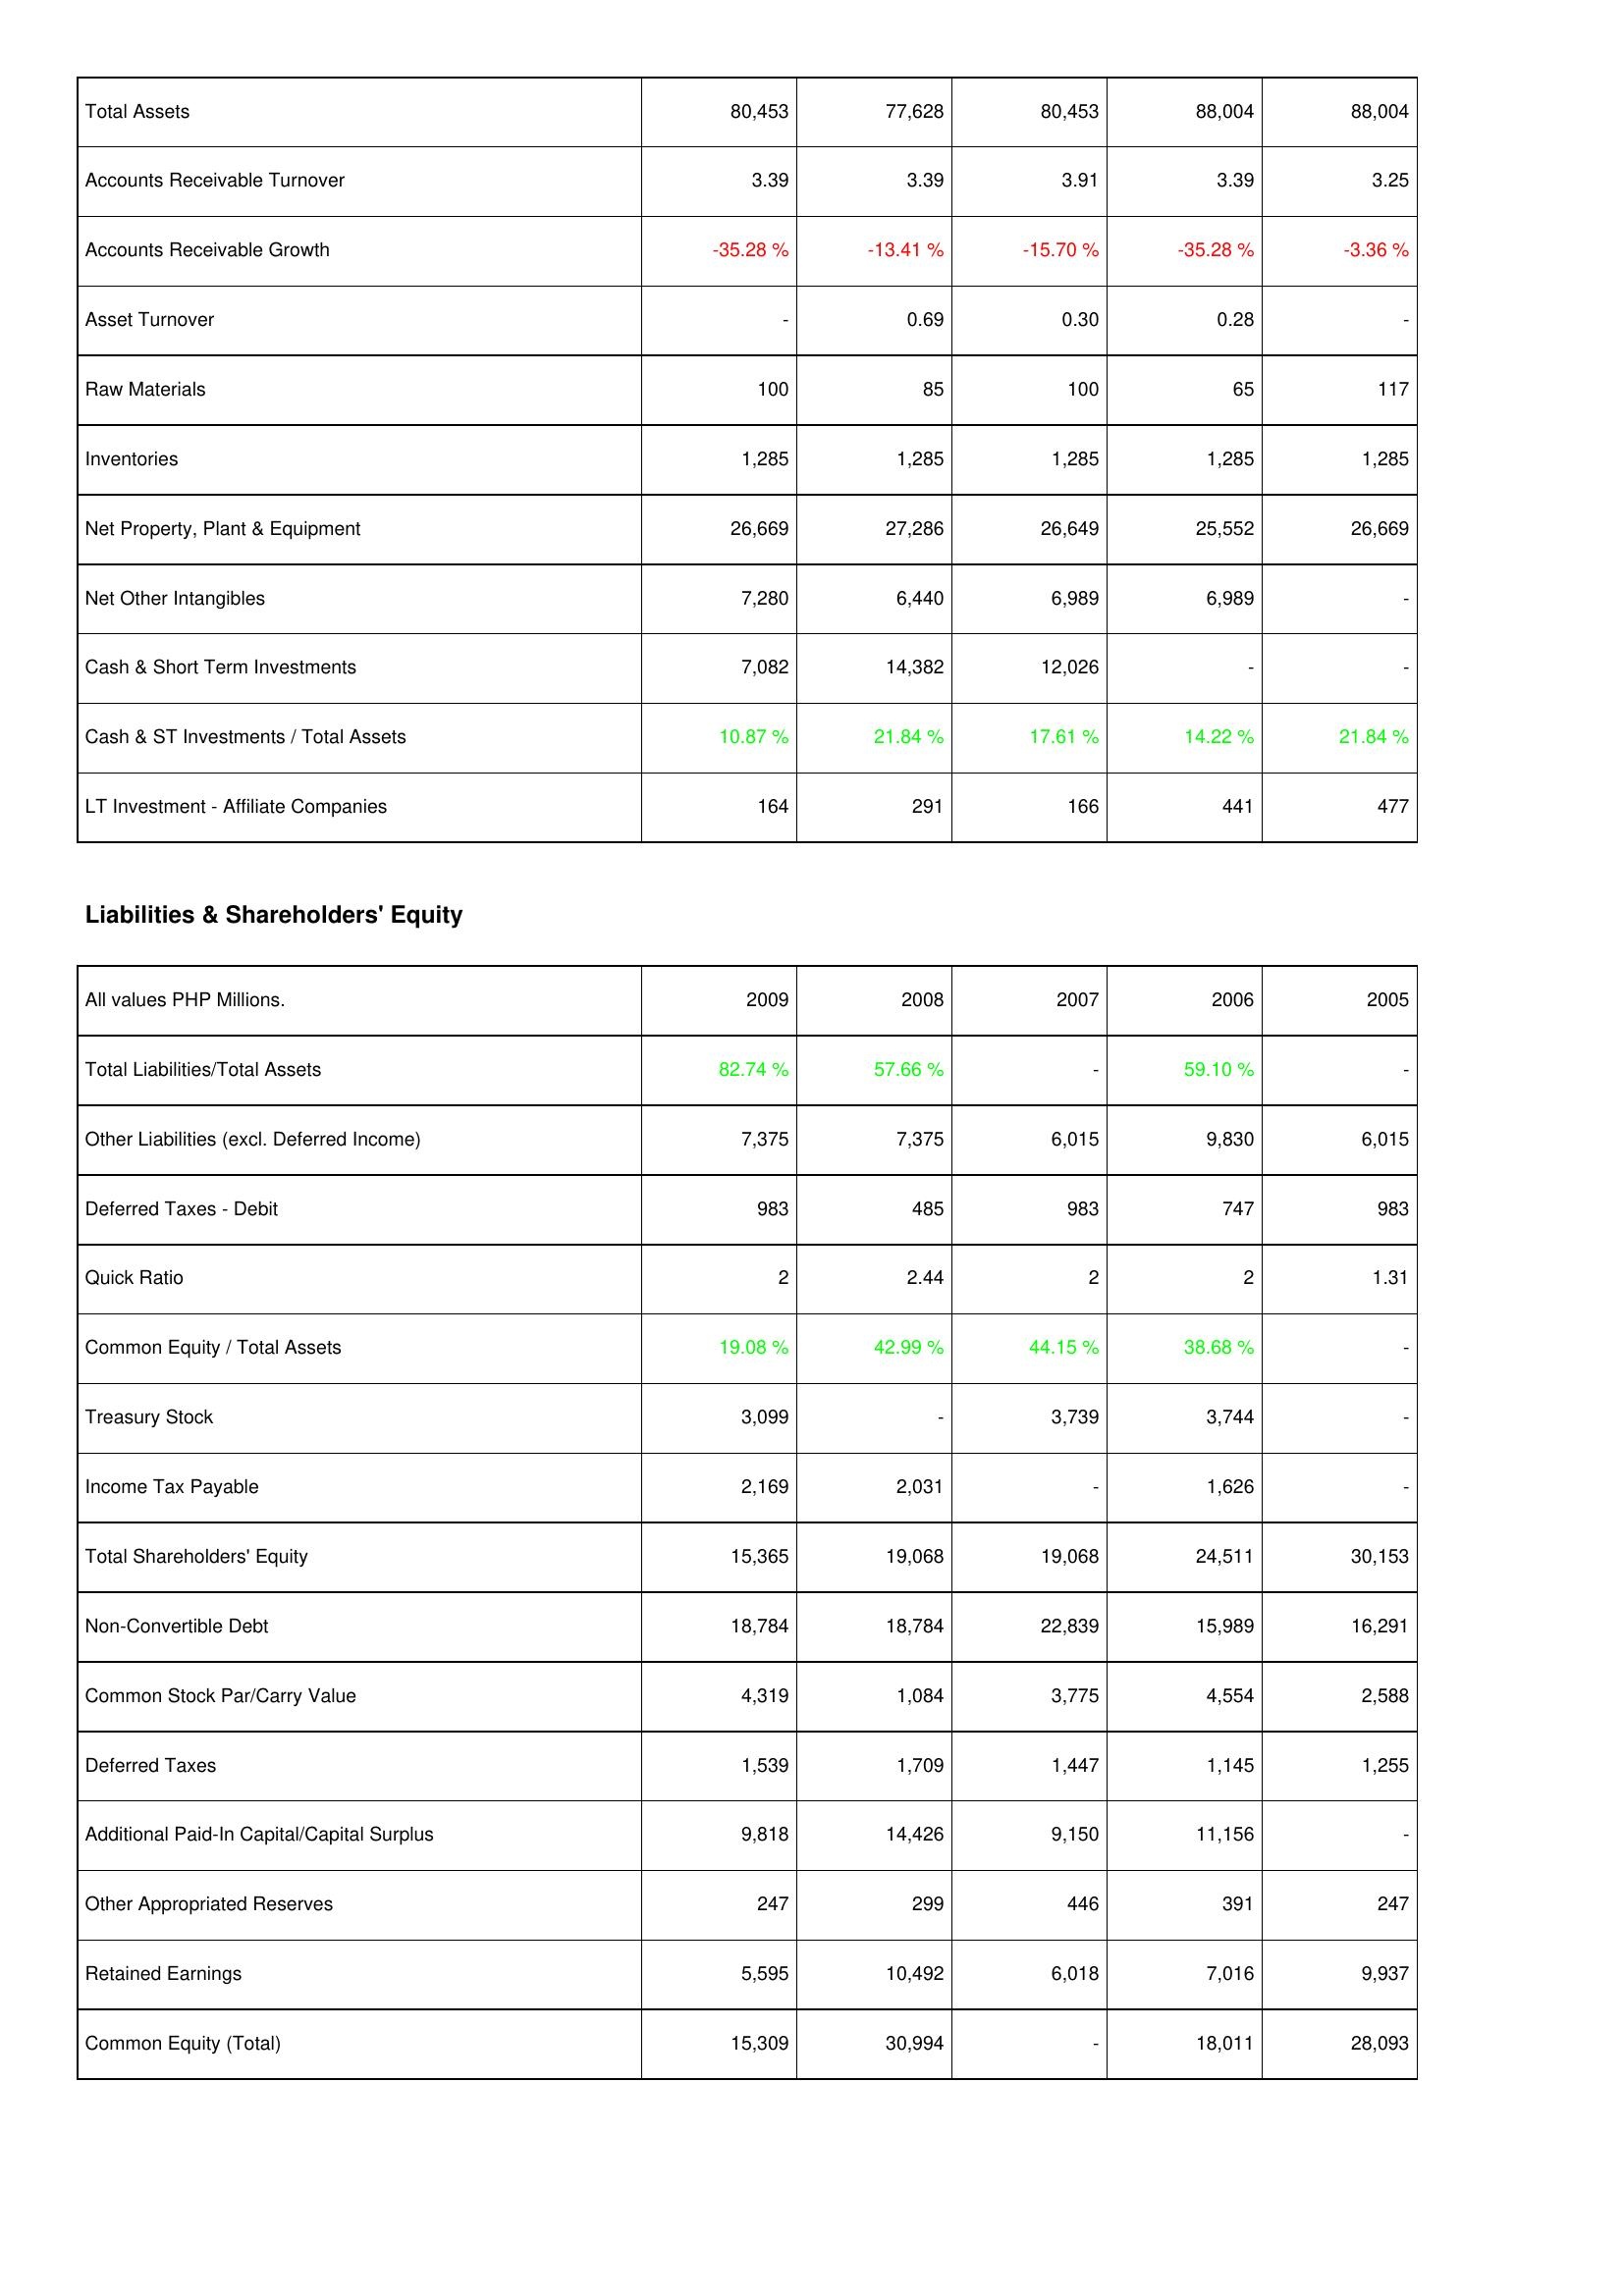
2009: Assets: Total Assets: 80,453
Accounts Receivable Turnover: 3.39
Accounts Receivable Growth: -35.28 %
Asset Turnover: -
Raw Materials: 100
Inventories: 1,285
Net Property, Plant & Equipment: 26,669
Net Other Intangibles: 7,280
Cash & Short Term Investments: 7,082
Cash & ST Investments / Total Assets: 10.87 %
LT Investment - Affiliate Companies: 164
Liabilities & Shareholders' Equity: Total Liabilities/Total Assets: 82.74 %
Other Liabilities (excl. Deferred Income): 7,375
Deferred Taxes - Debit: 983
Quick Ratio: 2
Common Equity / Total Assets: 19.08 %
Treasury Stock: 3,099
Income Tax Payable: 2,169
Total Shareholders' Equity: 15,365
Non-Convertible Debt: 18,784
Common Stock Par/Carry Value: 4,319
Deferred Taxes: 1,539
Additional Paid-In Capital/Capital Surplus: 9,818
Other Appropriated Reserves: 247
Retained Earnings: 5,595
Common Equity (Total): 15,309
2008: Assets: Total Assets: 77,628
Accounts Receivable Turnover: 3.39
Accounts Receivable Growth: -13.41 %
Asset Turnover: 0.69
Raw Materials: 85
Inventories: 1,285
Net Property, Plant & Equipment: 27,286
Net Other Intangibles: 6,440
Cash & Short Term Investments: 14,382
Cash & ST Investments / Total Assets: 21.84 %
LT Investment - Affiliate Companies: 291
Liabilities & Shareholders' Equity: Total Liabilities/Total Assets: 57.66 %
Other Liabilities (excl. Deferred Income): 7,375
Deferred Taxes - Debit: 485
Quick Ratio: 2.44
Common Equity / Total Assets: 42.99 %
Treasury Stock: -
Income Tax Payable: 2,031
Total Shareholders' Equity: 19,068
Non-Convertible Debt: 18,784
Common Stock Par/Carry Value: 1,084
Deferred Taxes: 1,709
Additional Paid-In Capital/Capital Surplus: 14,426
Other Appropriated Reserves: 299
Retained Earnings: 10,492
Common Equity (Total): 30,994
2007: Assets: Total Assets: 80,453
Accounts Receivable Turnover: 3.91
Accounts Receivable Growth: -15.70 %
Asset Turnover: 0.30
Raw Materials: 100
Inventories: 1,285
Net Property, Plant & Equipment: 26,649
Net Other Intangibles: 6,989
Cash & Short Term Investments: 12,026
Cash & ST Investments / Total Assets: 17.61 %
LT Investment - Affiliate Companies: 166
Liabilities & Shareholders' Equity: Total Liabilities/Total Assets: -
Other Liabilities (excl. Deferred Income): 6,015
Deferred Taxes - Debit: 983
Quick Ratio: 2
Common Equity / Total Assets: 44.15 %
Treasury Stock: 3,739
Income Tax Payable: -
Total Shareholders' Equity: 19,068
Non-Convertible Debt: 22,839
Common Stock Par/Carry Value: 3,775
Deferred Taxes: 1,447
Additional Paid-In Capital/Capital Surplus: 9,150
Other Appropriated Reserves: 446
Retained Earnings: 6,018
Common Equity (Total): -
2006: Assets: Total Assets: 88,004
Accounts Receivable Turnover: 3.39
Accounts Receivable Growth: -35.28 %
Asset Turnover: 0.28
Raw Materials: 65
Inventories: 1,285
Net Property, Plant & Equipment: 25,552
Net Other Intangibles: 6,989
Cash & Short Term Investments: -
Cash & ST Investments / Total Assets: 14.22 %
LT Investment - Affiliate Companies: 441
Liabilities & Shareholders' Equity: Total Liabilities/Total Assets: 59.10 %
Other Liabilities (excl. Deferred Income): 9,830
Deferred Taxes - Debit: 747
Quick Ratio: 2
Common Equity / Total Assets: 38.68 %
Treasury Stock: 3,744
Income Tax Payable: 1,626
Total Shareholders' Equity: 24,511
Non-Convertible Debt: 15,989
Common Stock Par/Carry Value: 4,554
Deferred Taxes: 1,145
Additional Paid-In Capital/Capital Surplus: 11,156
Other Appropriated Reserves: 391
Retained Earnings: 7,016
Common Equity (Total): 18,011
2005: Assets: Total Assets: 88,004
Accounts Receivable Turnover: 3.25
Accounts Receivable Growth: -3.36 %
Asset Turnover: -
Raw Materials: 117
Inventories: 1,285
Net Property, Plant & Equipment: 26,669
Net Other Intangibles: -
Cash & Short Term Investments: -
Cash & ST Investments / Total Assets: 21.84 %
LT Investment - Affiliate Companies: 477
Liabilities & Shareholders' Equity: Total Liabilities/Total Assets: -
Other Liabilities (excl. Deferred Income): 6,015
Deferred Taxes - Debit: 983
Quick Ratio: 1.31
Common Equity / Total Assets: -
Treasury Stock: -
Income Tax Payable: -
Total Shareholders' Equity: 30,153
Non-Convertible Debt: 16,291
Common Stock Par/Carry Value: 2,588
Deferred Taxes: 1,255
Additional Paid-In Capital/Capital Surplus: -
Other Appropriated Reserves: 247
Retained Earnings: 9,937
Common Equity (Total): 28,093